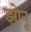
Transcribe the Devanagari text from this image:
झोनू